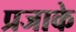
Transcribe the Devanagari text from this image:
प्रजाके